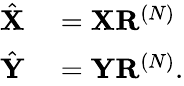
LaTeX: \begin{array}{rl}{\hat{\mathbf{X}}}&{{}=\mathbf{X}\mathbf{R}^{(N)}}\\ {\hat{\mathbf{Y}}}&{{}=\mathbf{Y}\mathbf{R}^{(N)}.}\end{array}